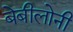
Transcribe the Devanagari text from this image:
बेबीलोनी